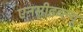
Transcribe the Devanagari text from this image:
एनसीडब्ल्यू